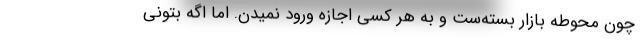
چون محوطه بازار بسته‌ست و به هر کسی اجازه ورود نمیدن. اما اگه بتونی